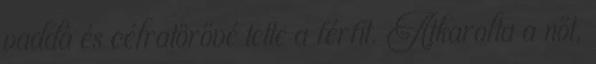
vaddá és célratörővé tette a férfit. Átkarolta a nőt,